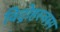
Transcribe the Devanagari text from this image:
विद्रोहस्वरुप